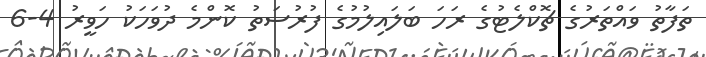
ތަފާތު ވައްތަރުގެ ޗޮކްލެޓުގެ ރަހަ ބަލައިލުމުގެ ފުރުސަތު ކޮންމެ ދުވަހަކު ހަވީރު 4-6